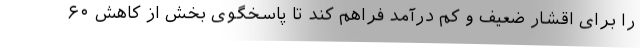
را برای اقشار ضعیف و کم درآمد فراهم کند تا پاسخگوی بخش از کاهش ۶۰